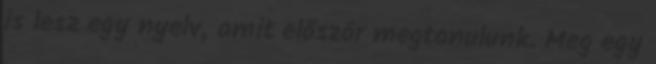
is lesz egy nyelv, amit először megtanulunk. Meg egy